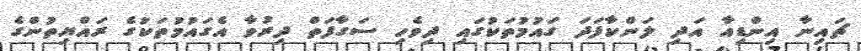
ޗައިނާ އިންޑިއާ އަދި ލަންކާފަދަ ގައުމުތަކުގައި ދިވެހި ސަގާފަތް ދިރުވާ އެގައުމުތަކުގެ ރައްޔިތުންގެ